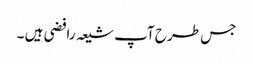
جس طرح آپ شیعہ رافضی ہیں ۔